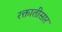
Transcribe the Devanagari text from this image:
रक्तातीसार